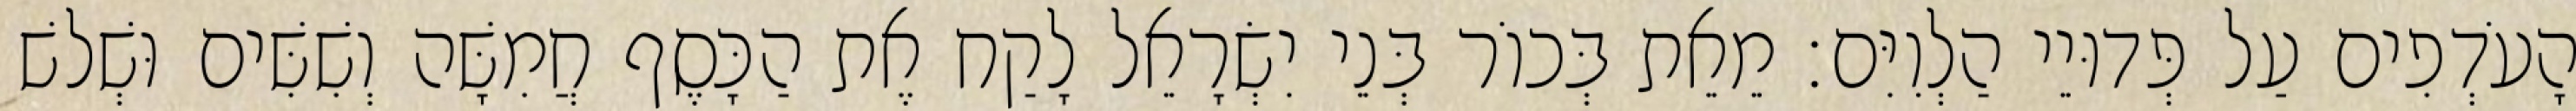
הָעֹדְפִים עַל פְּדוּיֵי הַלְוִיִּם׃ מֵאֵת בְּכוֹר בְּנֵי יִשְׂרָאֵל לָקַח אֶת הַכָּסֶף חֲמִשָּׁה וְשִׁשִּׁים וּשְׁלשׁ